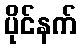
ပိုင်နက်